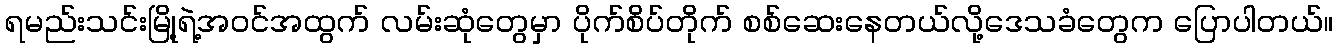
ရမည်းသင်းမြို့ရဲ့အဝင်အထွက် လမ်းဆုံတွေမှာ ပိုက်စိပ်တိုက် စစ်ဆေးနေတယ်လို့ဒေသခံတွေက ပြောပါတယ်။